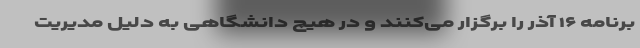
برنامه ۱۶ آذر را برگزار می‌کنند و در هیچ دانشگاهی به دلیل مدیریت